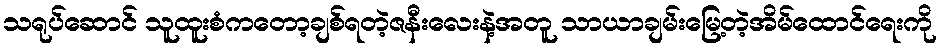
သရုပ်ဆောင် သူထူးစံကတော့ချစ်ရတဲ့ဇနီးလေးနဲ့အတူ သာယာချမ်းမြေ့တဲ့အိမ်ထောင်ရေးကို